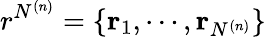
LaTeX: r^{N^{(n)}}=\{ \mathbf{r}_{1},\cdots,\mathbf{r}_{N^{(n)}}\}